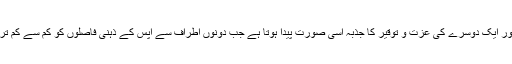
ایک دوسرے کی خوشیوں کا خیال اور ایک دوسرے کی عزت و توقیر کا جذبہ اسی صورت پیدا ہوتا ہے جب دونوں اطراف سے آپس کے ذہنی فاصلوں کو کم سے کم تر کرنے کی مسلسل سعی ہوتی رہے۔